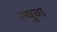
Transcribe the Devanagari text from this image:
ल्युचा